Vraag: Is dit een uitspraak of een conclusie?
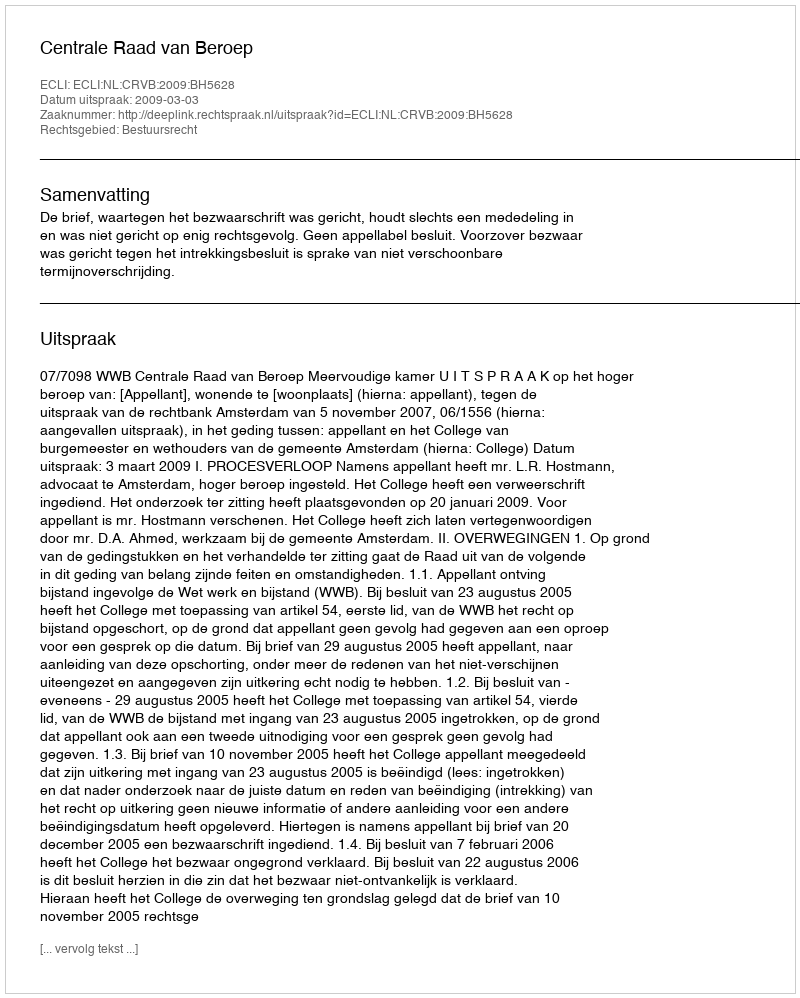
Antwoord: Uitspraak